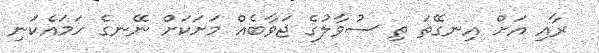
ރާއި އަށް އިނގޭތަ ތި ސުވާލުގެ ޖަވާބެއް މަށަކަށް ނޭނގެ ހަމައެކަނި